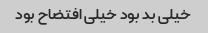
خیلی بد بود خیلی افتضاح بود